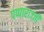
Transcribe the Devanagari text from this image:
पप्पाराज्ज़ी